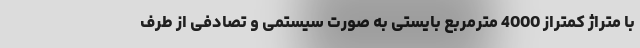
با متراژ کمتراز 4000 مترمربع بایستی به صورت سیستمی و تصادفی از طرف